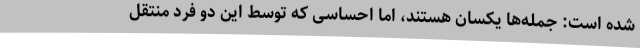
شده است: جمله‌ها یکسان هستند، اما احساسی که توسط این دو فرد منتقل